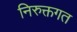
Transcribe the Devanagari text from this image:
निरुक्तगत